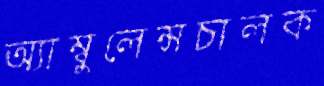
অ্যাম্বুলেন্সচালক